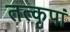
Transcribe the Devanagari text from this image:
तत्कृपां